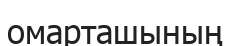
омарташының